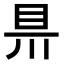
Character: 𥄊